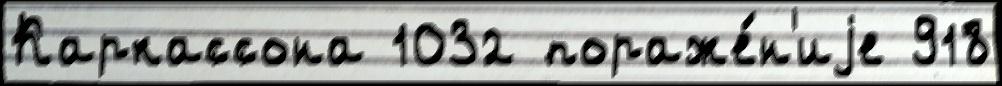
Каркассона 1032 пораже́н'иjе 918